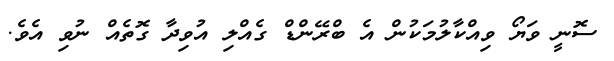
ސޮނީ ވަޔޯ ވިއްކާލުމަކުން އެ ބްރޭންޑް ގެއްލި އުވިދާ ގޮތެއް ނުވި އެވެ.